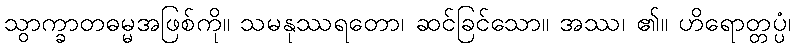
သွာက္ခာတဓမ္မအဖြစ်ကို။ သမနုဿရတော၊ ဆင်ခြင်သော။ အဿ၊ ၏။ ဟိရောတ္တပ္ပံ၊